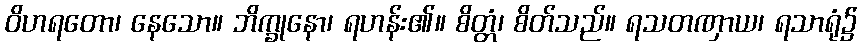
ဝိဟရတော၊ နေသော။ ဘိက္ခုနော၊ ရဟန်း၏။ စိတ္တံ၊ စိတ်သည်။ ရသတဏှာယ၊ ရသာရုံ၌